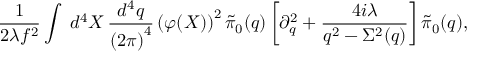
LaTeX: \frac { 1 } { 2 \lambda f ^ { 2 } } \int \; d ^ { 4 } X \, \frac { d ^ { 4 } q } { \left( 2 \pi \right) ^ { 4 } } \left( \varphi ( X ) \right) ^ { 2 } \tilde { \pi } _ { 0 } ( q ) \left[ \partial _ { q } ^ { 2 } + \frac { 4 i \lambda } { q ^ { 2 } - \Sigma ^ { 2 } ( q ) } \right] \tilde { \pi } _ { 0 } ( q ) ,